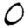
Digit: 0